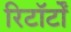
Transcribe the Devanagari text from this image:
रिटॉर्टों